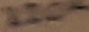
Text: 220K